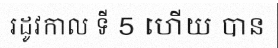
រដូវកាល ទី 5 ហើយ បាន